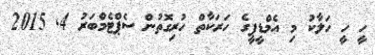
ހީ ހީ ހަލާކު މި އެމްޑީޕީގެ ހަރަކާތް ހުރިގޮތުން ސެޕްޓެމްބަރު 4